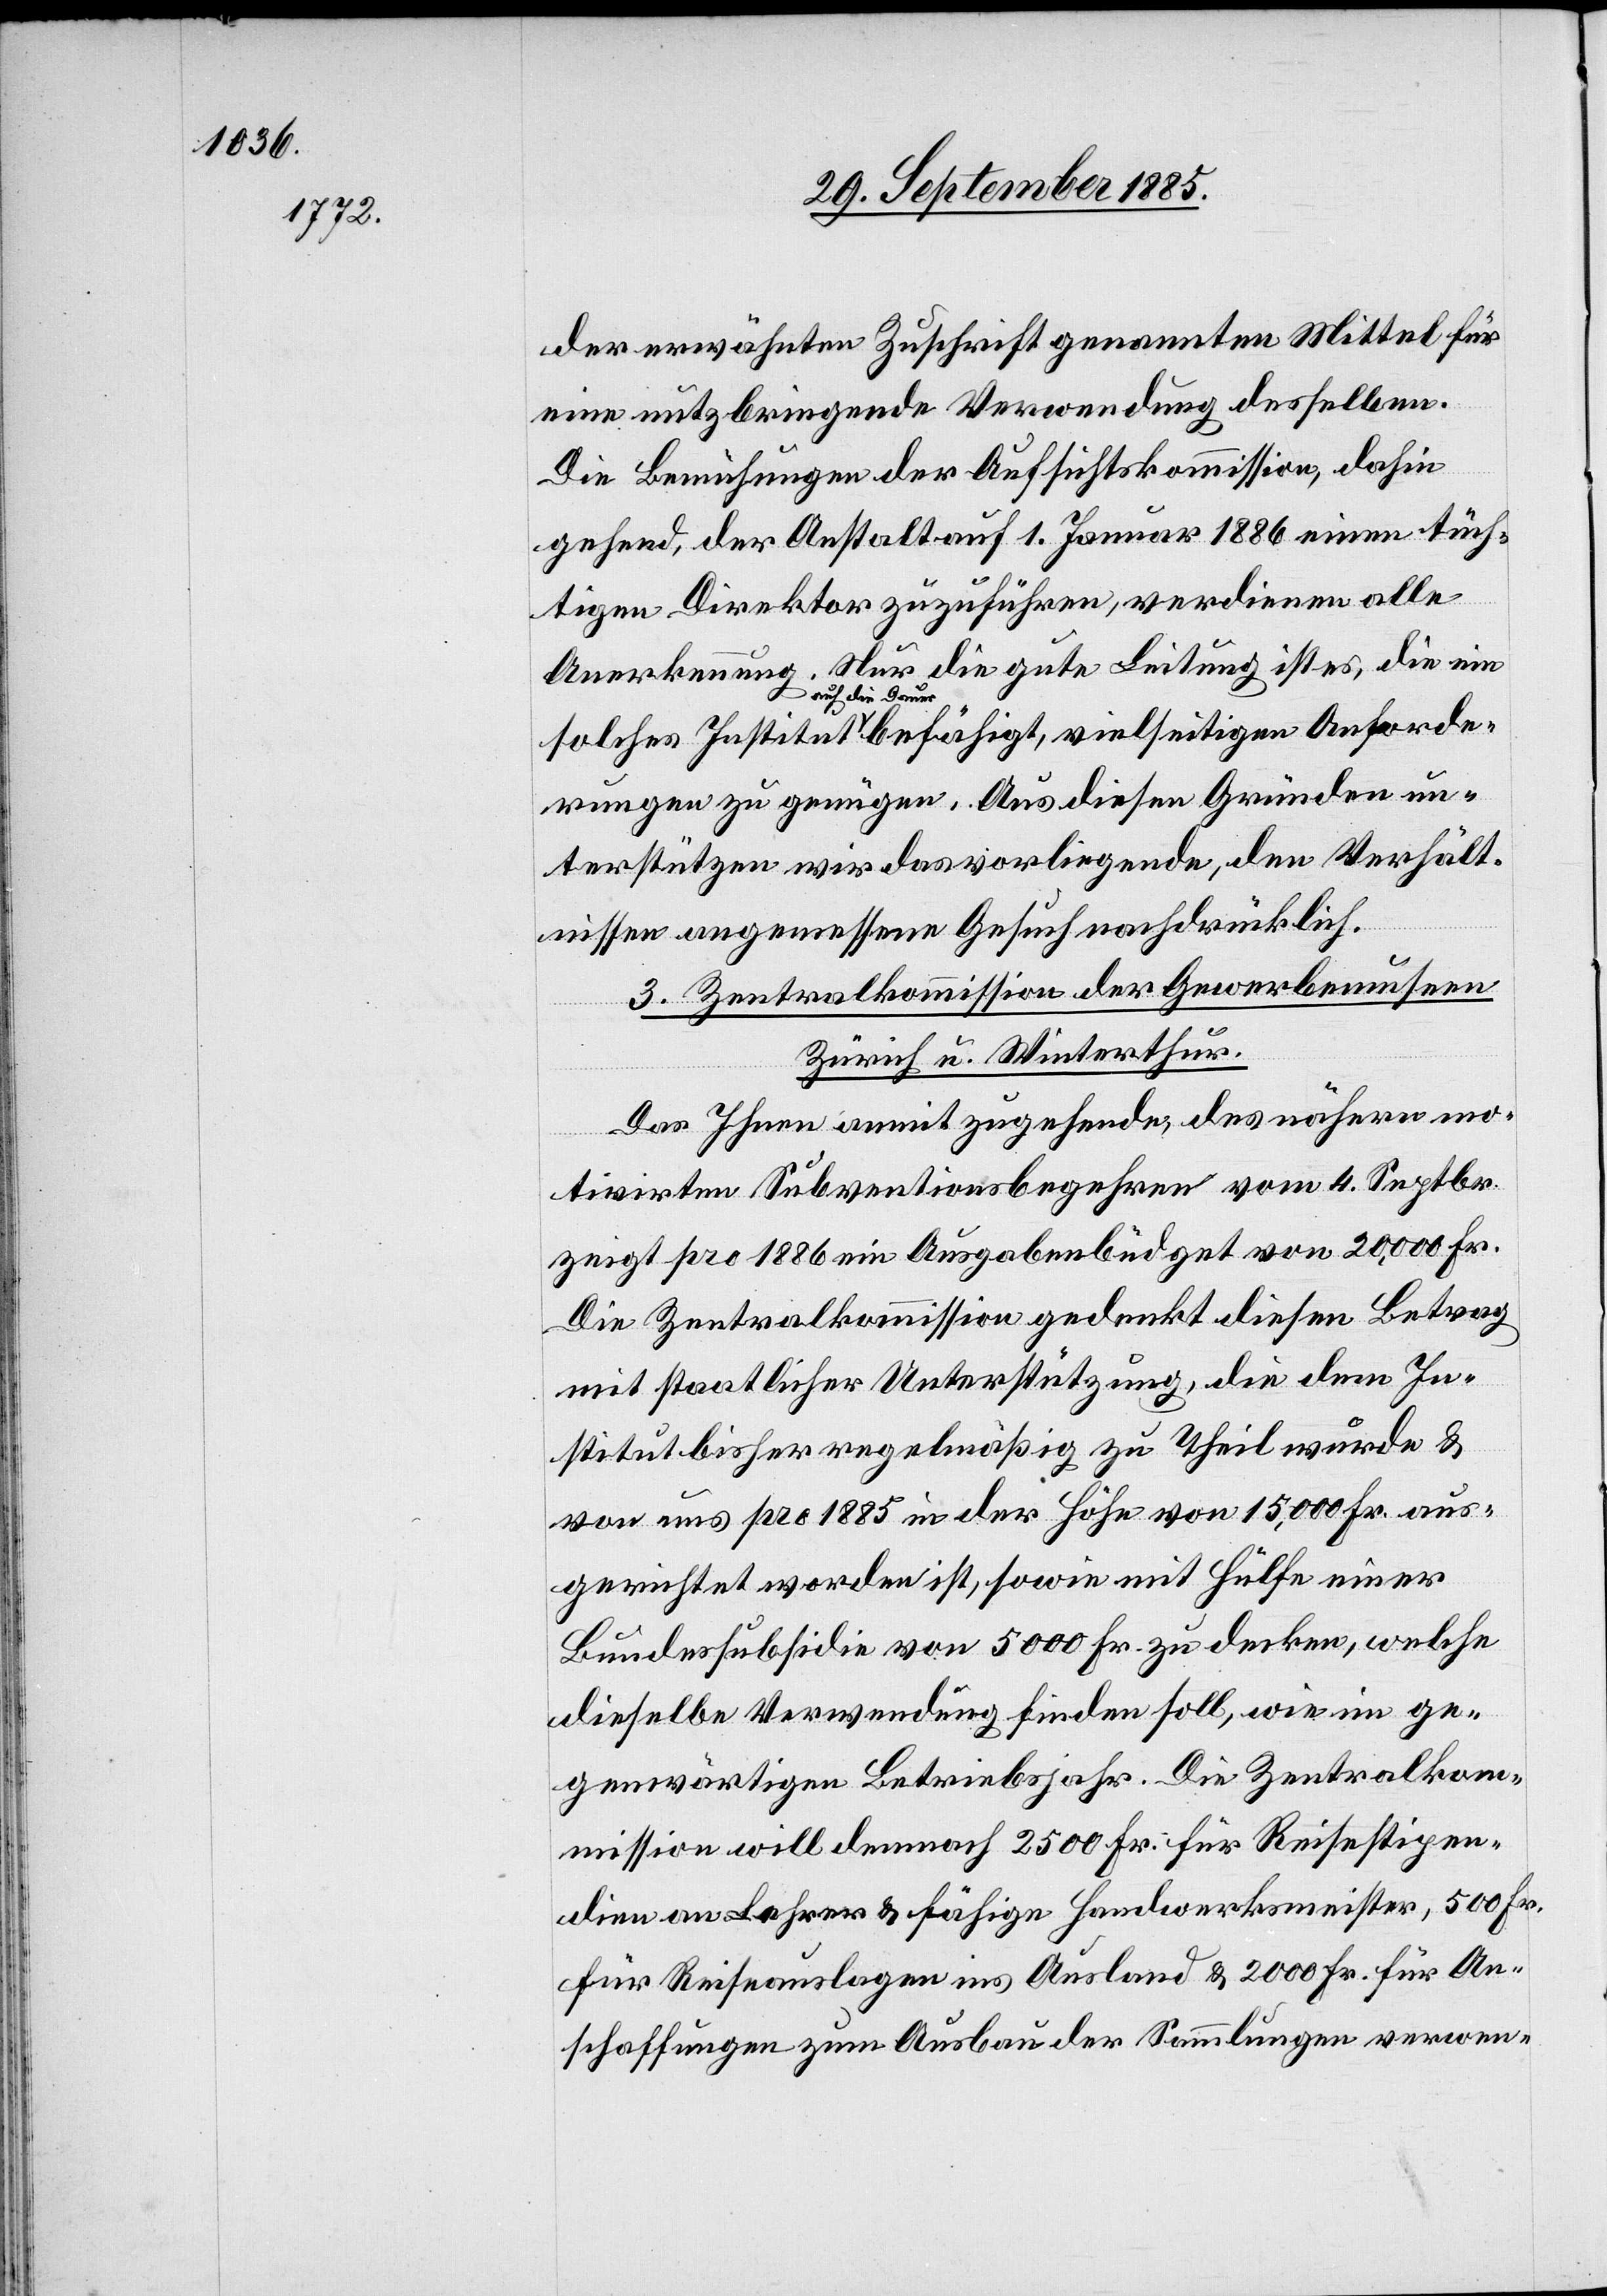
der erwähnten Zuschrift genannten Mittel für
eine nutzbringende Verwendung desselben.
Die Bemühungen der Aufsichtskommission, dahin
gehend, der Anstalt auf 1. Januar 1886 einen tüch¬
ord¬
tigen Direktor zuzuführen, verdienen alle
Anerkennung. Nur die gute Leistung ist es, die ein
a-auf die Dauer-a
erungen zu genügen. Aus diesen Gründen un¬
terstüzten wir das vorliegende, den Verhält¬
nissen angemessene Gesuch nachdrücklich.
3. Zentralkommission der Gewerbemuseen
Zürich u. Winterthur
Das Ihnen anmit zugehende, des nähern mo¬
tivirte Subventionsbegehren vom 4. Septbr.
zeigt pro 1886 ein Ausgabenbüdget von 20,000 Fr.
Die Zentralkommission gedenkt diesen Betrag
mit staatlicher Unterstützung, die dem In¬
stitut bisher regelmäßig zu Theil wurde &
von uns pro 1885 in der Höhe von 15,000 Fr. aus¬
gerichtet worden ist, sowie mit Hülfe einer
Bundessubsidie von 5000 Fr. zu decken, welche
dieselbe Verwendung finden soll, wie im ge¬
genwärtigen Betriebsjahr. Die Zentralkom¬
mission will demnach 2500 Fr. für Reisestipen¬
dien an Lehrer & fähige Handwerksmeister, 500 Fr.
für Reiseauslagen ins Ausland & 2000 Fr. für An¬
schaffungen zum Ausbau der Sammlungen verwen-